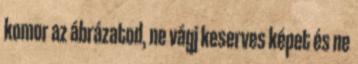
komor az ábrázatod, ne vágj keserves képet és ne